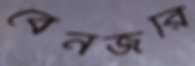
বেনজরি